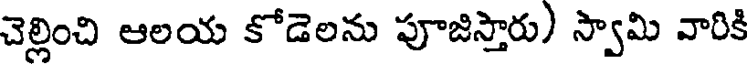
చెల్లించి ఆలయ కోడెలను పూజిస్తారు) స్వామి వారికి